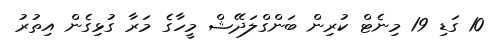
10 ގަޑި 19 މިނެޓް ކުރިން ބަންގްލަދޭޝް މީހާގެ މަރާ ގުޅިގެން އިތުރު